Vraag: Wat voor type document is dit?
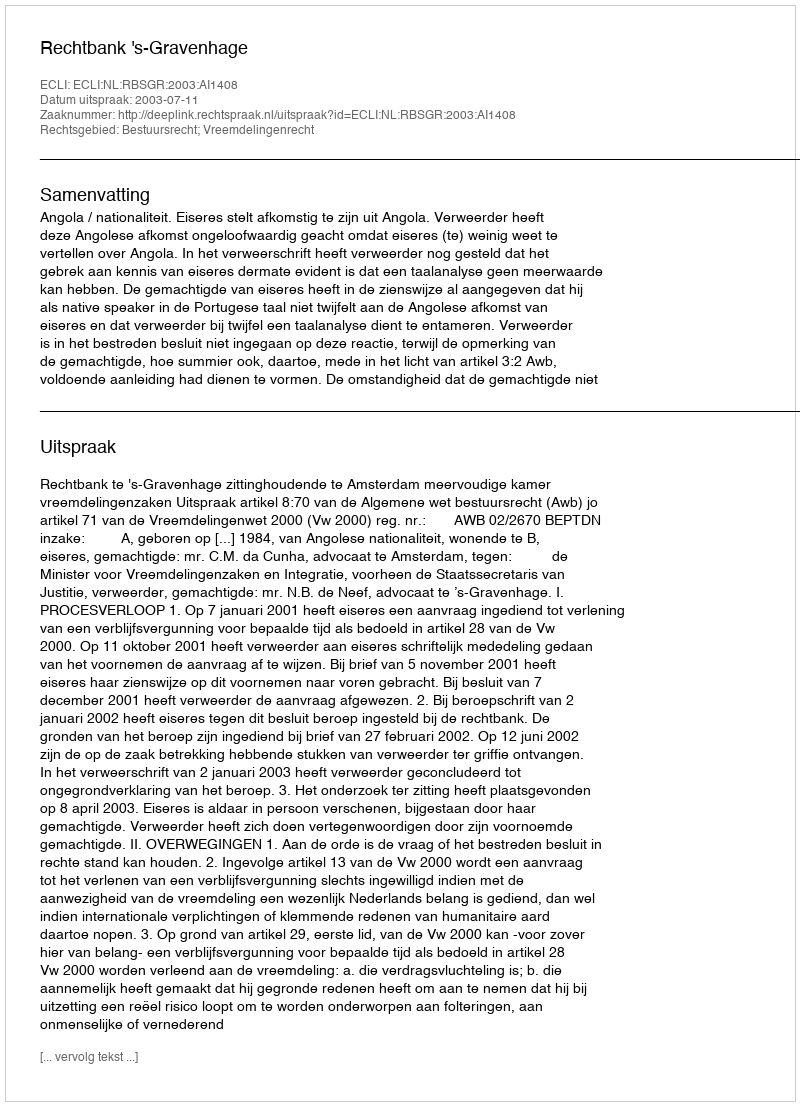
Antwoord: Uitspraak